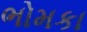
ભોમકા